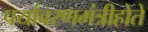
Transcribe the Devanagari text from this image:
पर्यावरणमंत्रीहोते